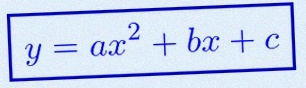
y=ax^2+bx+c